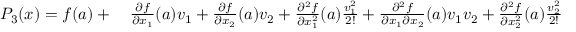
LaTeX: \begin{array} { r l } { P _ { 3 } ( { \boldsymbol { x } } ) = f ( { \boldsymbol { a } } ) + { } } & { { } { \frac { \partial f } { \partial x _ { 1 } } } ( { \boldsymbol { a } } ) v _ { 1 } + { \frac { \partial f } { \partial x _ { 2 } } } ( { \boldsymbol { a } } ) v _ { 2 } + { \frac { \partial ^ { 2 } f } { \partial x _ { 1 } ^ { 2 } } } ( { \boldsymbol { a } } ) { \frac { v _ { 1 } ^ { 2 } } { 2 ! } } + { \frac { \partial ^ { 2 } f } { \partial x _ { 1 } \partial x _ { 2 } } } ( { \boldsymbol { a } } ) v _ { 1 } v _ { 2 } + { \frac { \partial ^ { 2 } f } { \partial x _ { 2 } ^ { 2 } } } ( { \boldsymbol { a } } ) { \frac { v _ { 2 } ^ { 2 } } { 2 ! } } } \end{array}